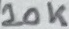
Text: 10K